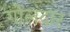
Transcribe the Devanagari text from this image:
गोलंदार